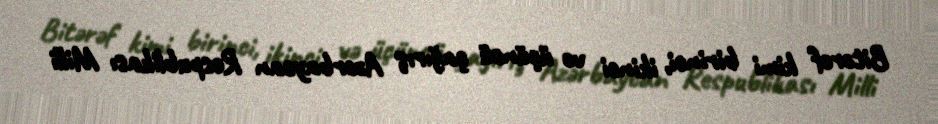
Bitərəf kimi birinci, ikinci və üçüncü çağırış Azərbaycan Respublikası Milli